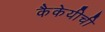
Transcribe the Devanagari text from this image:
कैकेयीची